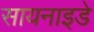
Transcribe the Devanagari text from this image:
सायनाइडे